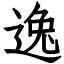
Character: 逸